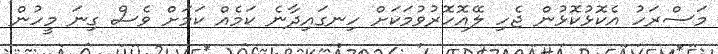
މަސްރަހު އެކޮޅުކޮޅުން ޖެހި ލޭއޮހޮރުވުމަކަށް ހިނގައިދާނެ ކަމެއް ކަމަށް ވެސް ގިނަ މީހުން